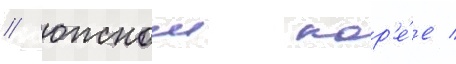
/ южнои кор'е́е /